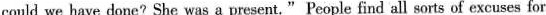
could we have done? She was a present." People find all sorts of excuses for